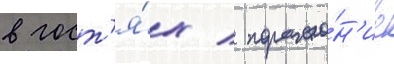
в гост'я́х / пораже́н'ие